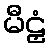
မီဠှံ